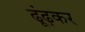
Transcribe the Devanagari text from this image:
ढूंढ़कर